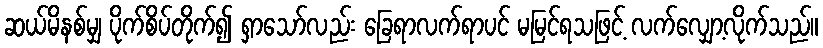
ဆယ်မိနစ်မျှ ပိုက်စိပ်တိုက်၍ ရှာသော်လည်း ခြေရာလက်ရာပင် မမြင်ရသဖြင့် လက်လျှော့လိုက်သည်။